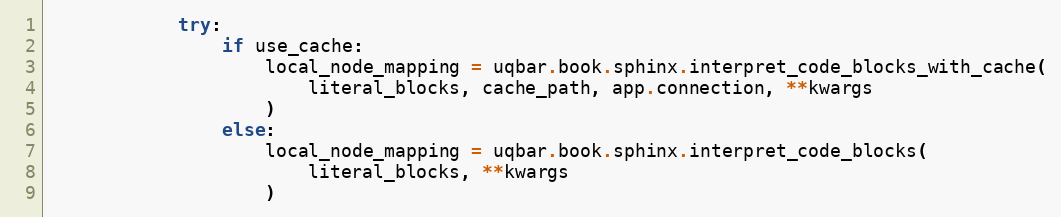
Language: Python
            try:
                if use_cache:
                    local_node_mapping = uqbar.book.sphinx.interpret_code_blocks_with_cache(
                        literal_blocks, cache_path, app.connection, **kwargs
                    )
                else:
                    local_node_mapping = uqbar.book.sphinx.interpret_code_blocks(
                        literal_blocks, **kwargs
                    )